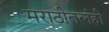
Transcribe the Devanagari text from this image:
मराठीतलंही